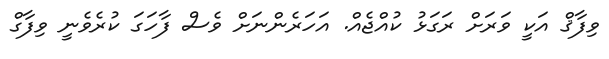
ވިފާޤް އަކީ ވަރަށް ރަގަޅު ކުއްޖެއް. އަހަރެންނަށް ވެސް ފާހަގަ ކުރެވެނީ ވިފާގް